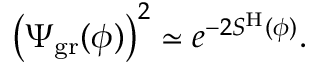
\left( \Psi _ { \mathrm { g r } } ( \phi ) \right) ^ { 2 } \simeq e ^ { - 2 S ^ { \mathrm { H } } ( \phi ) } .